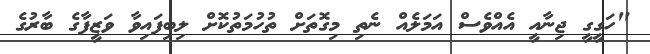
"ހަގީގީ ޖިނާއީ އެއްވެސް އަމަލެއް ނެތި މިގޮތަށް ތުހުމަތުކޮށް ލިބިފައިވާ ވަޒީފާގެ ބާރުގެ